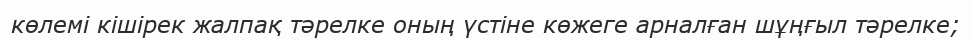
көлемі кішірек жалпақ тәрелке оның үстіне көжеге арналған шұңғыл тәрелке;